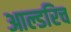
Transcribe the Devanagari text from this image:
आल्डरिच